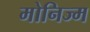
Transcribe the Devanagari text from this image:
मोनिज्म